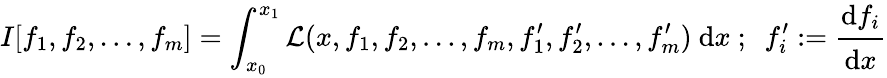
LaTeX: I[f_{1},f_{2},\dots,f_{m}]=\int_{x_{0}}^{x_{1}}{\mathcal{L}}(x,f_{1},f_{2},\dots,f_{m},f_{1}^{\prime},f_{2}^{\prime},\dots,f_{m}^{\prime})~\mathrm{d}x~;~~f_{i}^{\prime}:={\cfrac{\mathrm{d}f_{i}}{\mathrm{d}x}}